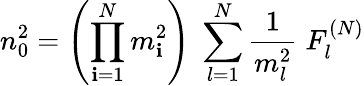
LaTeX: n_{0}^{2}=\left(\prod_{\mathbf{i}=1}^{N}m_{\mathbf{i}}^{2}\right)\; \sum_{l=1}^{N}\frac{{1}}{{m_{l}^{2}}}\; F_{l}^{(N)}